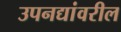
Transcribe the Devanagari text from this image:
उपनद्यांवरील